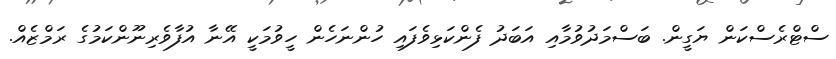
ސްޓްރެސްކަން ޔަގީން. ބަސްމަދުވުމާއި އަބަދު ފެންކަޅިވެފައި ހުންނަހެން ހީވުމަކީ އޭނާ އުފާވެރިނޫންކަމުގެ ރަމްޒެއް.